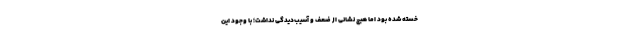
خسته شده بود اما هیچ نشانی از ضعف و آسیب‌دیدگی نداشت؛ با وجود این